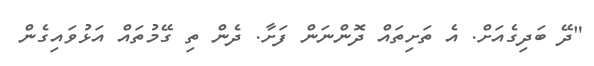
"ދޭ ބަދިގެއަށް. އެ ތަށިތައް ދޮންނަން ފަށާ. ދެން ތި ގޭމުތައް އަޅުވައިގެން